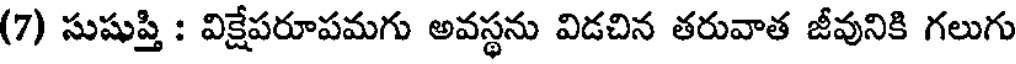
(7) సుషుప్తి : విక్షేపరూపమగు అవస్థను విడచిన తరువాత జీవునికి గలుగు